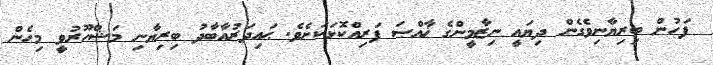
ފަހުން ބިރިޔާނިވެގެން ދިޔައީ ނިޒާމީންގެ ޚާއްޞަ ފަރިއްކޮޅަކަށެވެ. ޙައިދަރުއާބާދު ބިރިޔާނި މަޝްހޫރުވީ މިހެން